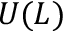
U ( L )